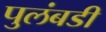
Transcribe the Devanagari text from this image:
पुलंबडी